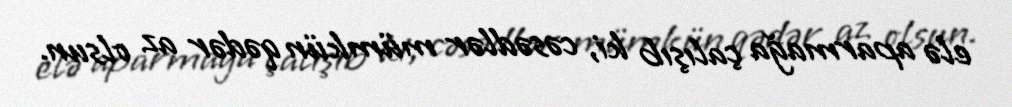
elə aparmağa çalışıb ki, cəsədlər mümkün qədər az olsun.